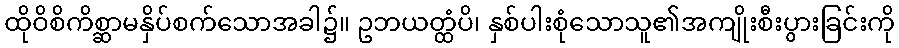
ထိုဝိစိကိစ္ဆာမနှိပ်စက်သောအခါ၌။ ဥဘယတ္ထံပိ၊ နှစ်ပါးစုံသောသူ၏အကျိုးစီးပွားခြင်းကို